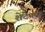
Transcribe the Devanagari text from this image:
शेटेफळ